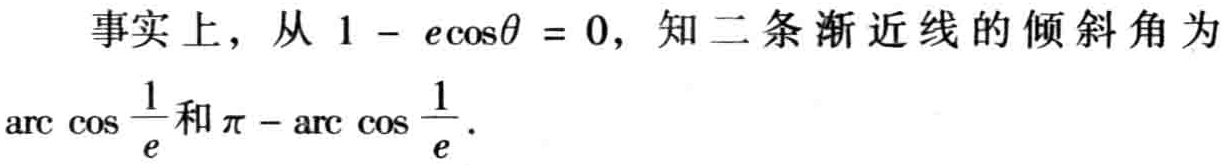
事实上，从 \(1 - e\cos\theta = 0\)，知二条渐近线的倾斜角为\(\arccos\frac{1}{e}\)和\(\pi - \arccos\frac{1}{e}\)。